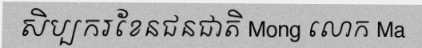
សិប្បករខែនជនជាតិ Mong លោក Ma